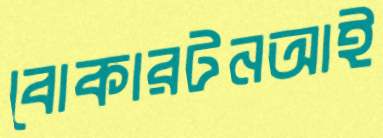
বোকারটনআই